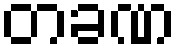
တခဏ